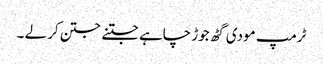
ٹرمپ مودی گٹھ جوڑ چاہے جتنے جتن کر لے ۔